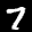
Label: 7